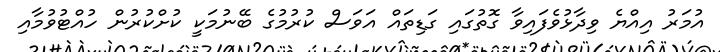
އުމަރު އިއްޔެ ވިދާޅުވެފައިވާ ގޮތުގައި ގަޑިތައް އަވަސް ކުރުމުގެ ބޭނުމަކީ ކުށްކުރުން ހުއްޓުވުމާއި